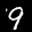
Label: 9